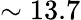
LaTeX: \sim 13.7